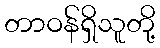
တာဝန်ရှိသူတို့